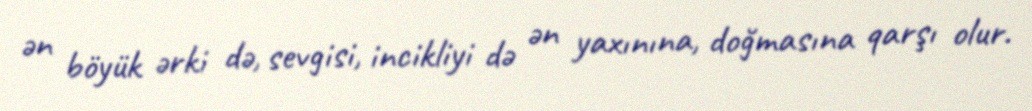
ən böyük ərki də, sevgisi, incikliyi də ən yaxınına, doğmasına qarşı olur.